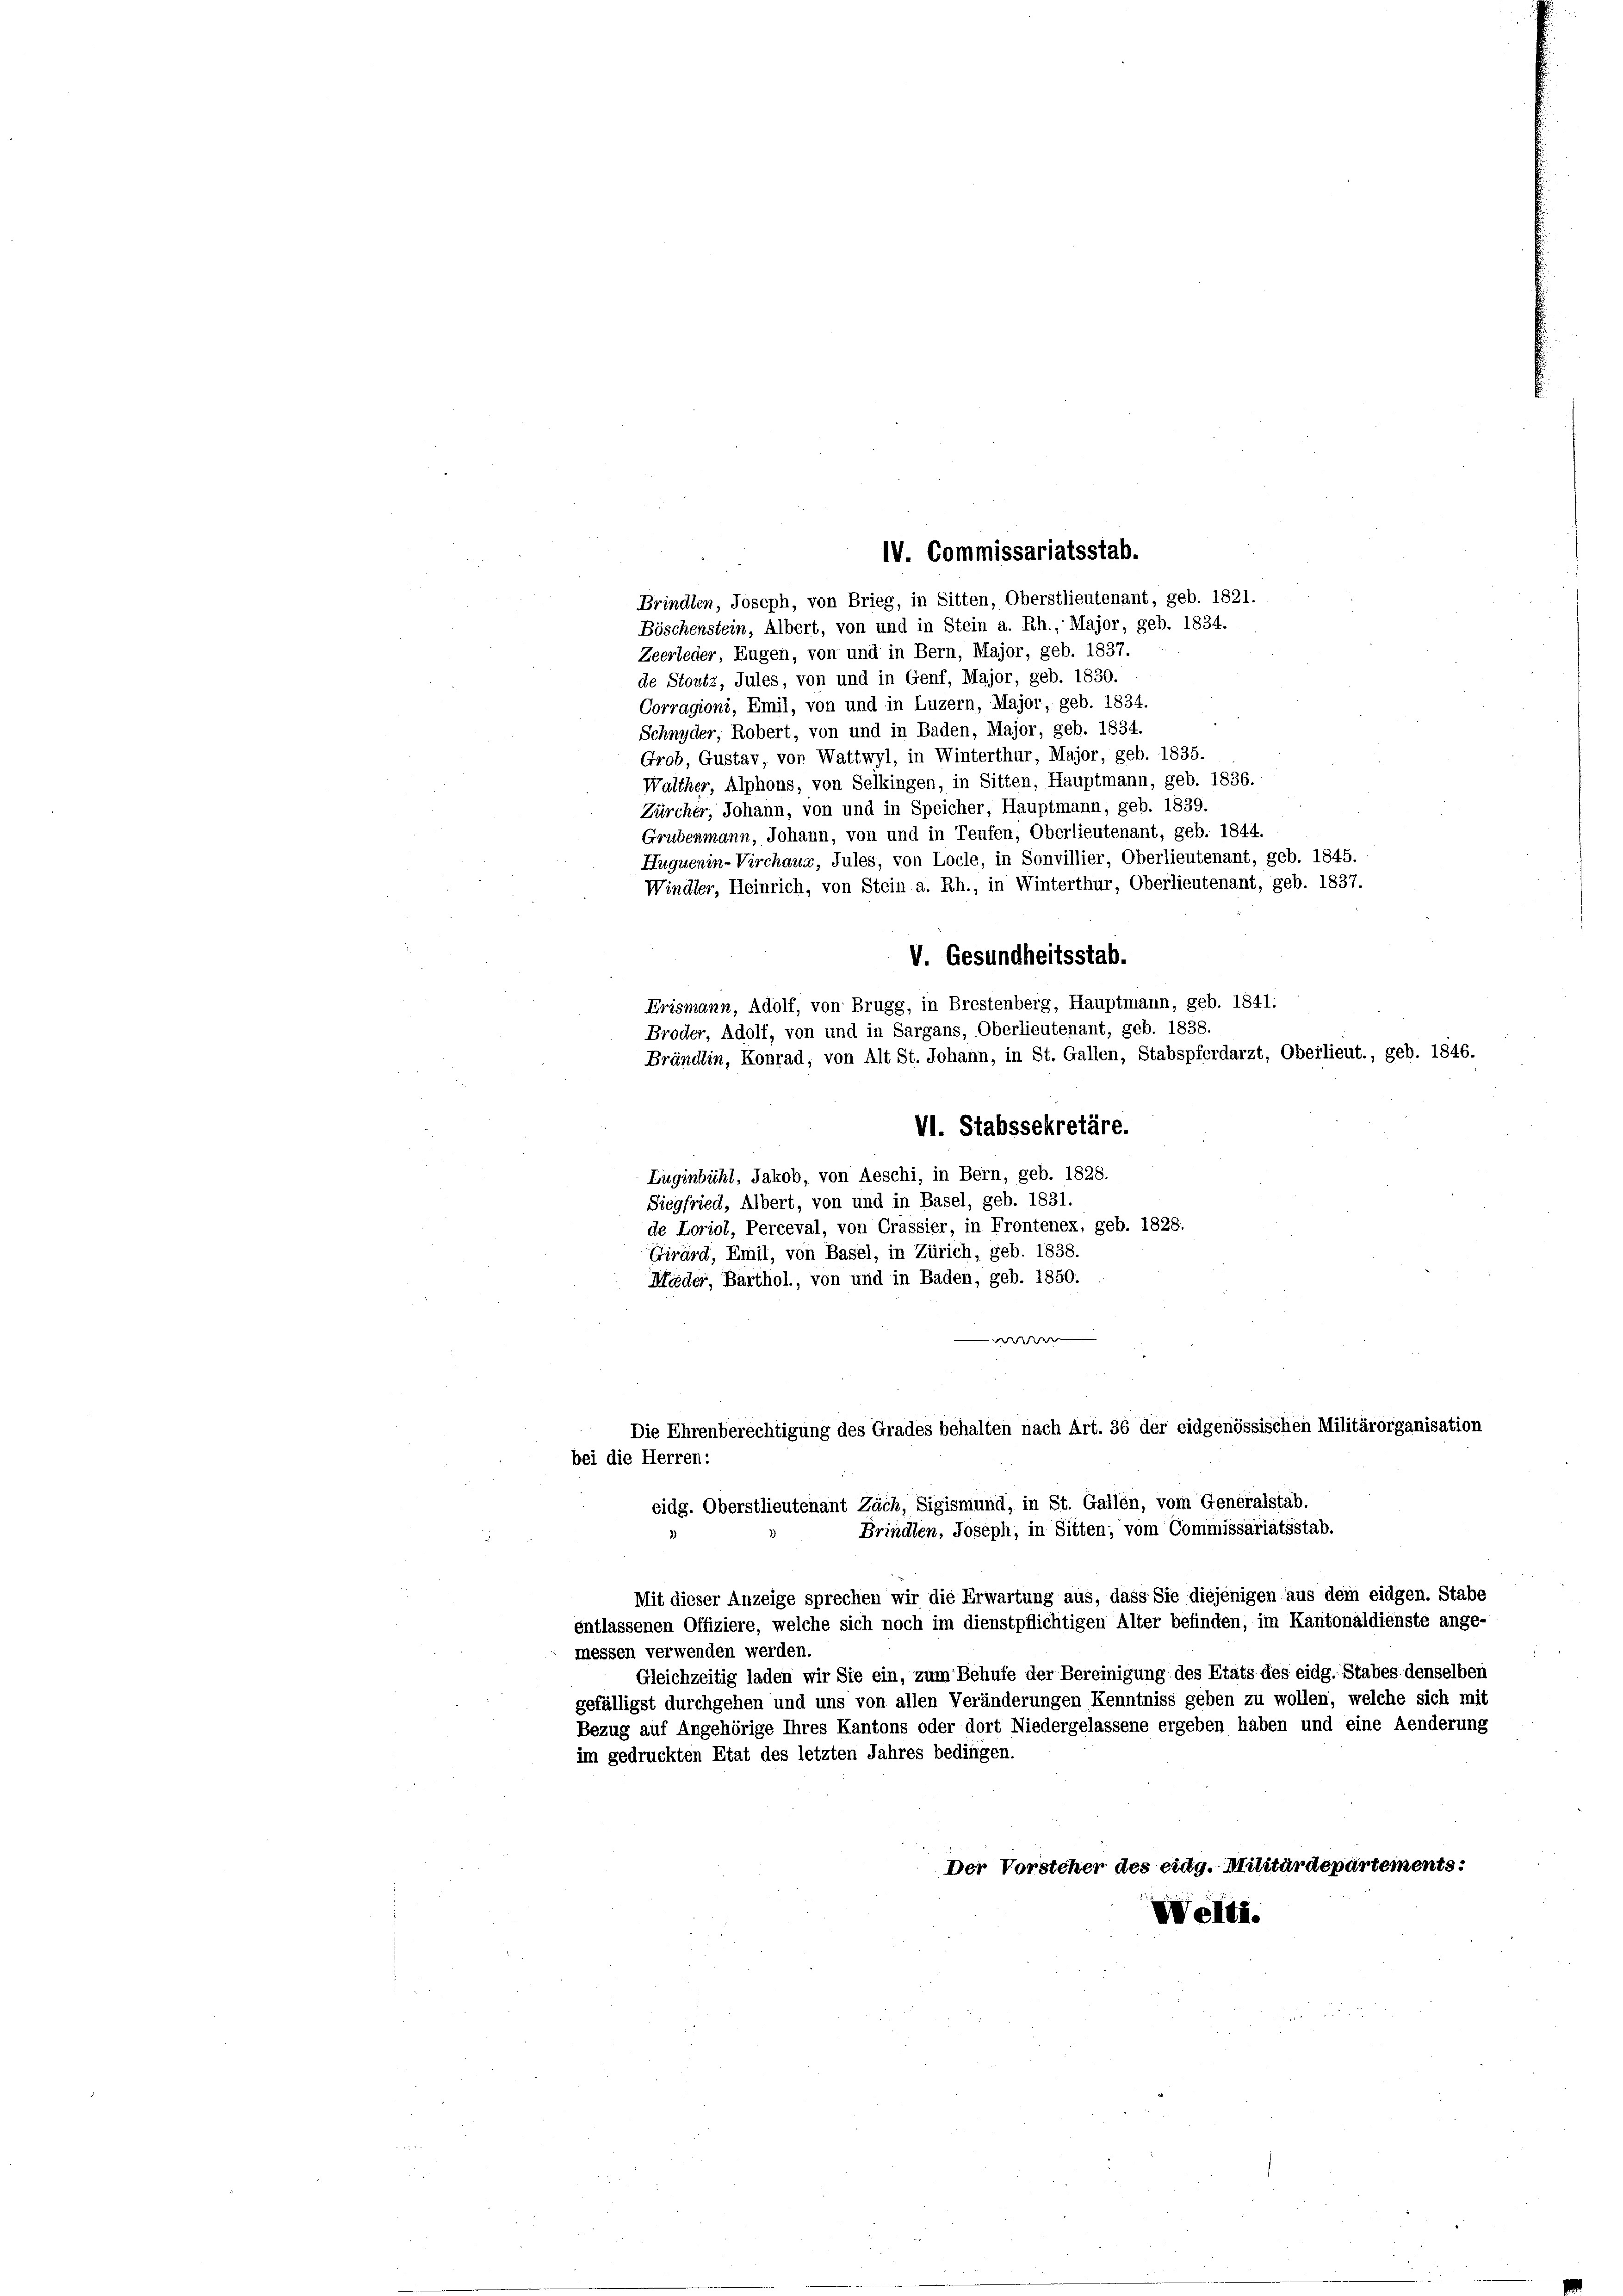
IV. Commissariatsstab.
Brindten, Joseph, von Brieg, in Sitten, Oberstlieutenant, geb. 1821.
Böschenstein, Albert, von und in Stein a. Rh., Major, geb. 1834.
Zeerleder, Eugen, von und in Bern, Major, geb. 1837.

de Stoutz, Jules, von und in Genf, Major, geb. 1830.
Corragioni, Emil, von und in Luzern, Major, geb. 1834.
Schnyder, Robert, von und in Baden, Major, geb. 1834.
Grob, Gustav, von Wattwyl, in Winterthur, Major, geb. 1835.
Walther, Alphons, von Selkingen, in Sitten, Hauptmann, geb. 1836.
Zürcher, Johann, von und in Speicher, Hauptmann; geb. 1839.
Grubenmann, Johann, von und in Teufen, Oberlieutenant, geb. 1844.
Huquenin-Virchaug, Jules, von Locle, in Sonvillier, Oberlieutenant, geb. 1845.
Windler, Heinrich, von Stein a. Rh., in Winterthur, Oberlieutenant, geb. 1837.
V. Gesundheitsstab.
Erismann, Adolf, von Brugg, in Brestenberg, Hauptmann, geb. 1841.
Broder, Adolf, von und in Sargans, Oberlieutenant, geb. 1838.
Brändlin, Konrad, von Alt St. Johann, in St. Gallen, Stabspferdarzt, Oberlieut., geb. 1846.
VI. Stabssekretäre.
Luginbühl, Jakob, von Aeschi, in Bern, geb. 1828.
Siegfried, Albert, von und in Basel, geb. 1831.
de Loriol, Perceval, von Crassier, in Frontenex, geb. 1828.
Girard, Emil, von Basel, in Zürich, geb. 1838.
Mieder, Barthol., von und in Baden, geb. 1850.
e
Die Ehrenberechtigung des Grades behalten nach Art. 36 der eidgenössischen Militärorganisation
bei die Herren:
eidg. Oberstlieutenant Zäch, Sigismund, in St. Gallen, vom Generalstab.
Brindlen, Joseph, in Sitten, vom Commissariatsstab.
Mit dieser Anzeige sprechen wir die Erwartung aus, dass Sie diejenigen aus dem eidgen. Stabe
entlassenen Offiziere, welche sich noch im dienstpflichtigen Alter befinden, im Kantonaldienste ange-
messen verwenden werden.
Gleichzeitig laden wir Sie ein, zum Behufe der Bereinigung des Etats des eidg. Stabes denselben
gefälligst durchgehen und uns von allen Veränderungen Kenntniss geben zu wollen, welche sich mit
Bezug auf Angehörige Ihres Kantons oder dort Niedergelassene ergeben haben und eine Aenderung
im gedruckten Etat des letzten Jahres bedingen.

Der Vorsteher des eidg. Militärdepartements:
Welti.